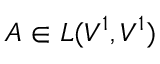
A \in L ( V ^ { 1 } , V ^ { 1 } )